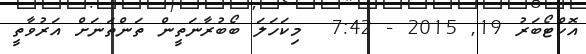
އޮކްޓޯބަރު 19